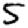
Digit: 5